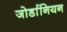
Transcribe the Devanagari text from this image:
जोर्डानियन